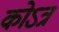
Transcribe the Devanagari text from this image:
कोऽत्र